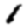
Digit: 1